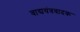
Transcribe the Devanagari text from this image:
वाद्ययंत्रवादक